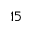
1 5